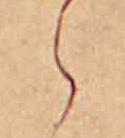
ら